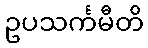
ဥပသင်္ကမီတိ